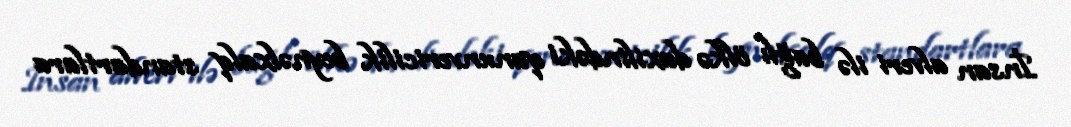
İnsan alveri ilə bağlı ölkə daxilindəki qanunvericilik beynəlxalq standartlara